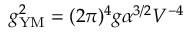
g _ { \mathrm { Y M } } ^ { 2 } = ( 2 \pi ) ^ { 4 } g \alpha ^ { 3 / 2 } V ^ { - 4 }